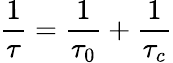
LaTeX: \frac{1}{\tau}=\frac{1}{\tau_{0}}+\frac{1}{\tau_{c}}